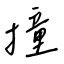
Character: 撞